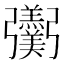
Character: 𢑌